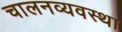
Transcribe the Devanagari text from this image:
चालनव्यवस्था